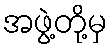
အဖွဲ့တို့မှ